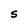
Character: S